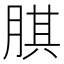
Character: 𦝁